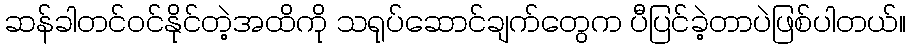
ဆန်ခါတင်ဝင်နိုင်တဲ့အထိကို သရုပ်ဆောင်ချက်တွေက ပီပြင်ခဲ့တာပဲဖြစ်ပါတယ်။